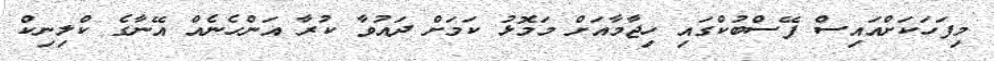
މިފަހަކަށްއައިސް ފޭސްބުކްގައި ހިޖާމާއަށް މަމޮޅު ކަމަށް ދައުވާ ކުރާ އަންހެނެއް އޭނާގެ ކްލިނިކް